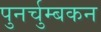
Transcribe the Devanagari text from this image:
पुनर्चुम्बकन